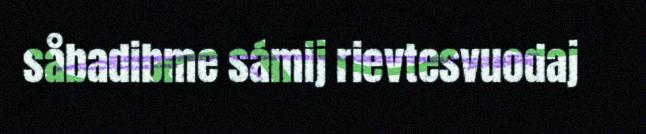
såbadibme sámij rievtesvuodaj